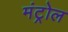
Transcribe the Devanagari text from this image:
मंट्रोल